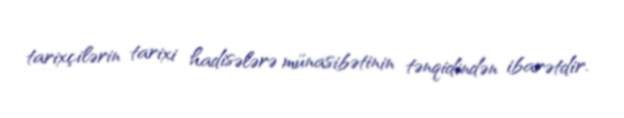
tarixçilərin tarixi hadisələrə münasibətinin tənqidindən ibarətdir.